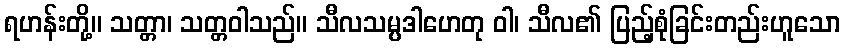
ရဟန်းတို့။ သတ္တာ၊ သတ္တဝါသည်။ သီလသမ္ပဒါဟေတု ဝါ၊ သီလ၏ ပြည့်စုံခြင်းတည်းဟူသော